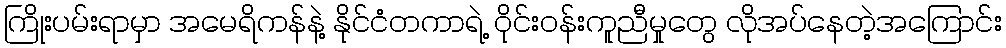
ကြိုးပမ်းရာမှာ အမေရိကန်နဲ့ နိုင်ငံတကာရဲ့ ဝိုင်းဝန်းကူညီမှုတွေ လိုအပ်နေတဲ့အကြောင်း